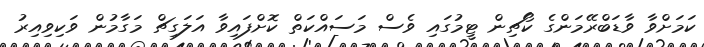
ކަމަށްވާ ވާޑަބްރޭމަންގެ ކޯޗިން ޓީމުގައި ވެސް މަސައްކަތް ކޮށްފައިވާ އަލަގިޗް މަގާމުން ވަކިވިއިރު